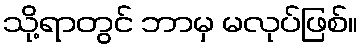
သို့ရာတွင် ဘာမှ မလုပ်ဖြစ်။